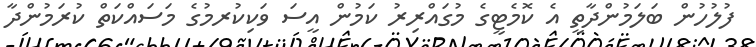
ފުލުހުން ބަލަމުންދާތީ އެ ކޮމެޓީގެ މުގައްރިރު ކަމުން އީސަ ވަކިކުުރމުގެ މަސައްކަތް ކުރަމުންދާ